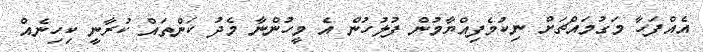
އެއްފަހާ މަގުމައްޗަށް ނިކުމެފިއްޔާމުން ފުލުހުން އެ މީހުންނާ މެދު ކަންތައް ކުރާނީ ކިހިނެއް